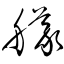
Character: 艤